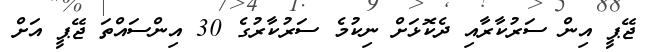
ޖޭޕީ އިން ސަރުކާރާއި ދެކޮޅަށް ނިކުމެ ސަރުކާރުގެ 30 އިންސައްތަ ޖޭޕީ އަށް